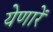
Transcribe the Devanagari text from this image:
येणारें